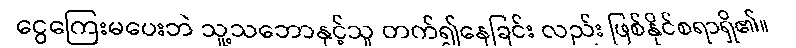
ငွေကြေးမပေးဘဲ သူ့သဘောနှင့်သူ တက်၍နေခြင်း လည်း ဖြစ်နိုင်စရာရှိ၏။